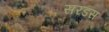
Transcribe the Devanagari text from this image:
सरडस